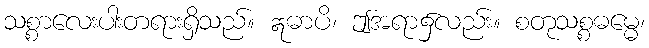
သစ္စာလေးပါးတရားရှိသည်။ ဣဓာပိ၊ ဤအရာ၌လည်း။ စတုသစ္စဓမ္မေ၊